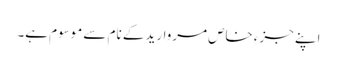
اپنے جزءِ خاص مروارید کے نام سے موسوم ہے۔